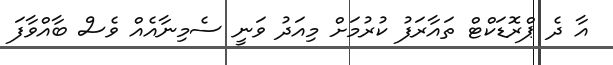
އާ ދެ ޕްރޮޑަކްޓް ތައާރަފު ކުރުމަށް މިއަދު ވަނީ ސެމިނާއެއް ވެސް ބާއްވާފަ